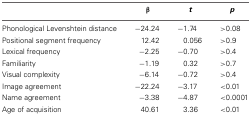
<table><thead><tr><td></td><td><b>β</b></td><td><b><i>t</i></b></td><td><b><i>p</i></b></td></tr></thead><tbody><tr><td>Phonological Levenshtein distance</td><td>−24.24</td><td>−1.74</td><td>&gt;0.08</td></tr><tr><td>Positional segment frequency</td><td>12.42</td><td>0.056</td><td>&gt;0.9</td></tr><tr><td>Lexical frequency</td><td>−2.25</td><td>−0.70</td><td>&gt;0.4</td></tr><tr><td>Familiarity</td><td>−1.19</td><td>0.32</td><td>&gt;0.7</td></tr><tr><td>Visual complexity</td><td>−6.14</td><td>−0.72</td><td>&gt;0.4</td></tr><tr><td>Image agreement</td><td>−22.24</td><td>−3.17</td><td>&lt;0.01</td></tr><tr><td>Name agreement</td><td>−3.38</td><td>−4.87</td><td>&lt;0.0001</td></tr><tr><td>Age of acquisition</td><td>40.61</td><td>3.36</td><td>&lt;0.01</td></tr></tbody></table>